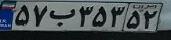
۵۷ب۳۵۳۵۲